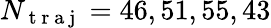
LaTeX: N_{\mathrm{~t~r~a~j~}}=46,51,55,43